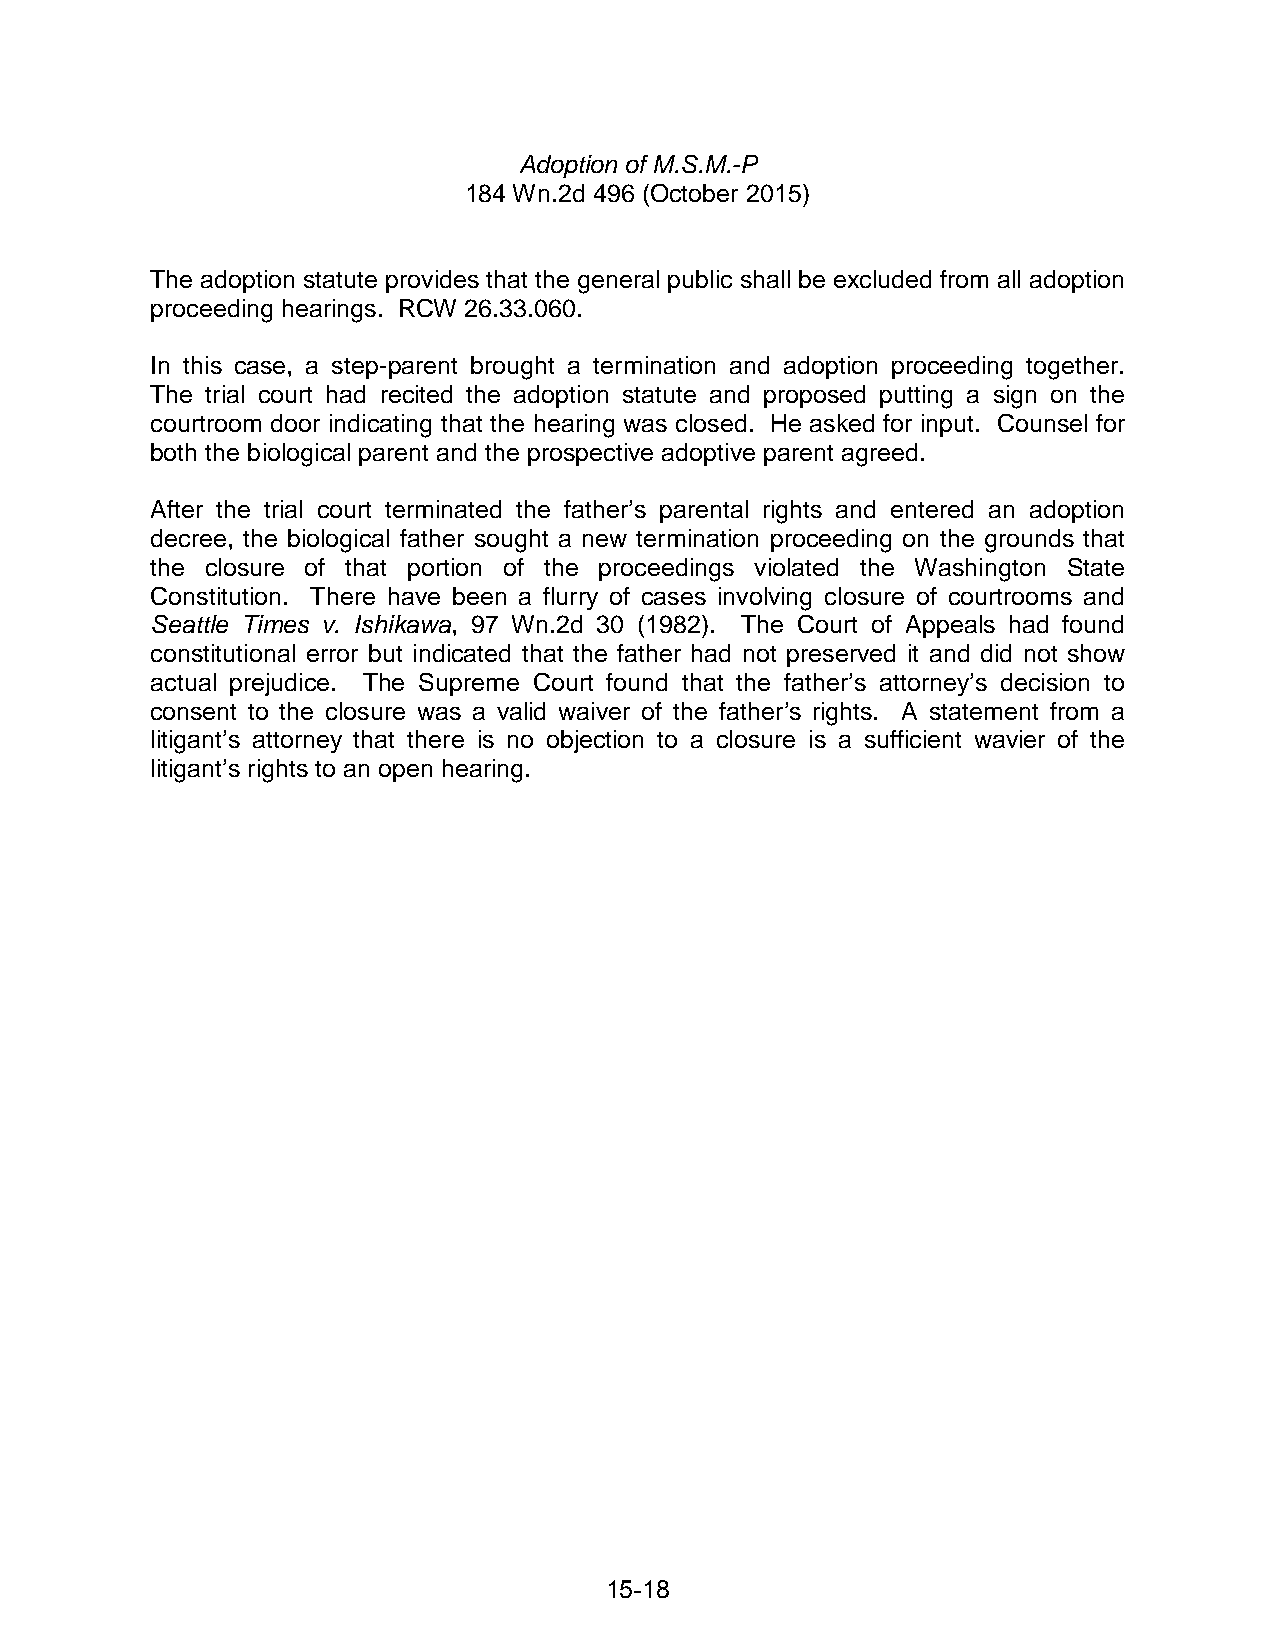
Adoption of M.S.M.-P
 184 Wn.2d 496 (October 2015)
 The adoption statute provides that the general public shall be excluded from all adoption
 proceeding hearings. RCW 26.33.060.
 In this case, a step-parent brought a termination and adoption proceeding together.
 The trial court had recited the adoption statute and proposed putting a sign on the
 courtroom door indicating that the hearing was closed. He asked for input. Counsel for
 both the biological parent and the prospective adoptive parent agreed.
 After the trial court terminated the father’s parental rights and entered an adoption
 decree, the biological father sought a new termination proceeding on the grounds that
 the closure of that portion of the proceedings violated the Washington State
 Constitution. There have been a flurry of cases involving closure of courtrooms and
 Seattle Times v. Ishikawa, 97 Wn.2d 30 (1982). The Court of Appeals had found
 constitutional error but indicated that the father had not preserved it and did not show
 actual prejudice. The Supreme Court found that the father’s attorney’s decision to
 consent to the closure was a valid waiver of the father’s rights. A statement from a
 litigant’s attorney that there is no objection to a closure is a sufficient wavier of the
 litigant’s rights to an open hearing.
 15-18